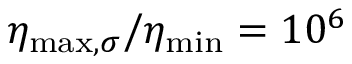
\eta _ { \mathrm { m a x , } \sigma } / \eta _ { \mathrm { m i n } } = 1 0 ^ { 6 }